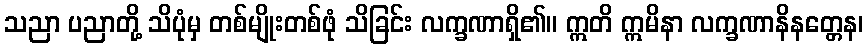
သညာ ပညာတို့ သိပုံမှ တစ်မျိုးတစ်ဖုံ သိခြင်း လက္ခဏာရှိ၏။ ဣတိ ဣမိနာ လက္ခဏာနိနတ္တေန၊